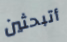
أتبحثين